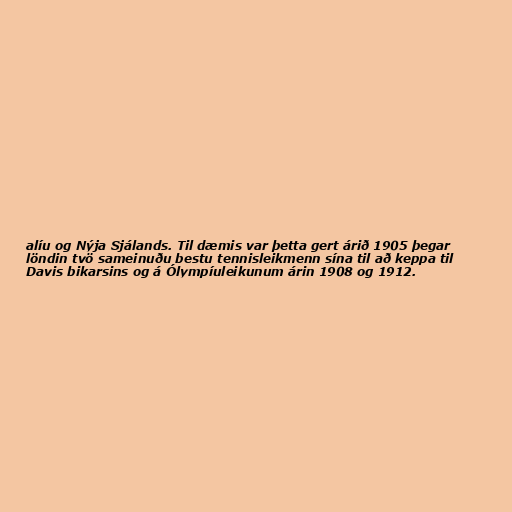
alíu og Nýja Sjálands. Til dæmis var þetta gert árið 1905 þegar
löndin tvö sameinuðu bestu tennisleikmenn sína til að keppa til
Davis bikarsins og á Ólympíuleikunum árin 1908 og 1912.